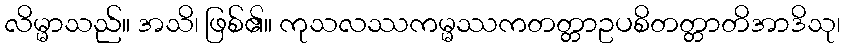
လိမ္မာသည်။ အသိ၊ ဖြစ်၏။ ကုသလဿကမ္မဿကတတ္တာဥပစိတတ္တာတိအာဒိသု၊